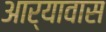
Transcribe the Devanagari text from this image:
आर्यावास